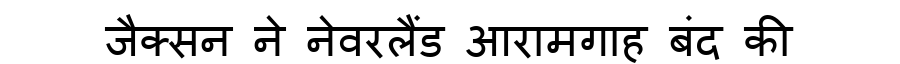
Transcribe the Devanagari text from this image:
जैक्सन ने नेवरलैंड आरामगाह बंद की